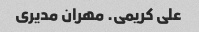
علی کریمی. مهران مدیری